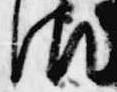
御